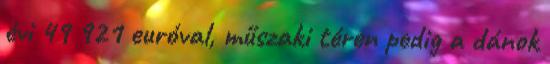
évi 49 921 euróval, műszaki téren pedig a dánok